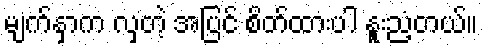
မျက်နှာက လှတဲ့ အပြင် စိတ်ထားပါ နူးညံ့တယ်။